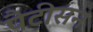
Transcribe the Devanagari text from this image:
पैटीसन